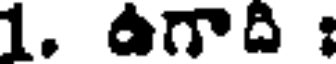
1. ఉగాది